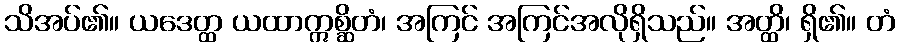
သိအပ်၏။ ယဒေတ္ထ ယထာဣစ္ဆိတံ၊ အကြင် အကြင်အလိုရှိသည်။ အတ္ထိ၊ ရှိ၏။ တံ